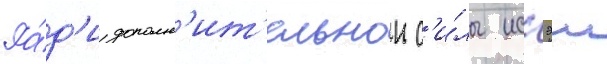
Ра́д'и дополн'ит'ельнои с'и́лы иссэи